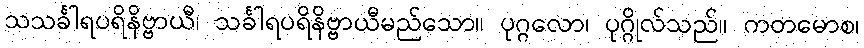
သသင်္ခါရပရိနိဗ္ဗာယီ၊ သင်္ခါရပရိနိဗ္ဗာယီမည်သော။ ပုဂ္ဂလော၊ ပုဂ္ဂိုလ်သည်။ ကတမောစ၊